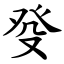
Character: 癹